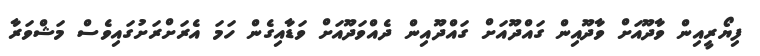
ފިޔޯރީއިން ވާދޫއަށް ވާދޫއިން ގައްދޫއަށް ގައްދޫއިން ދެއްވަދޫއަށް ވަޑާއިގެން ހަމަ އެރަށްރަށުގައިވެސް މަޝްވަރާ